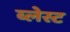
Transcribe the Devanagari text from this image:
ब्लेस्ट